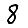
Digit: 8